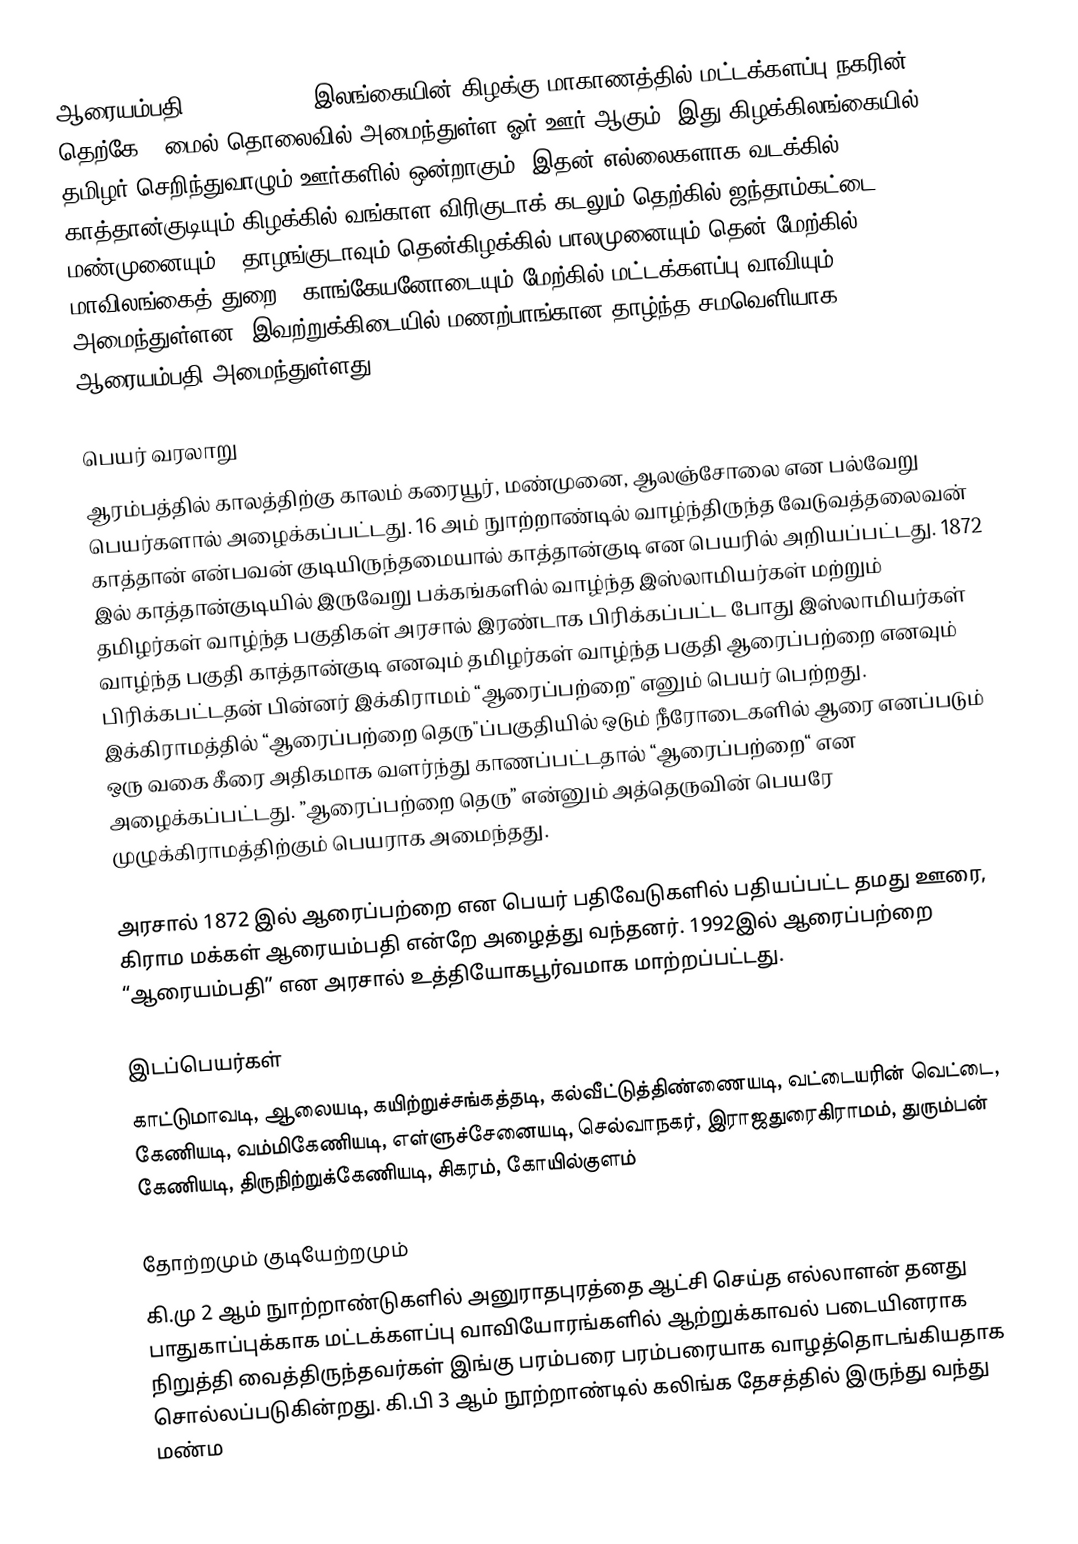
ஆரையம்பதி (Arayampathy) இலங்கையின் கிழக்கு மாகாணத்தில் மட்டக்களப்பு நகரின் தெற்கே 4 மைல் தொலைவில் அமைந்துள்ள ஓர் ஊர் ஆகும். இது கிழக்கிலங்கையில் தமிழர் செறிந்துவாழும் ஊர்களில் ஒன்றாகும். இதன் எல்லைகளாக வடக்கில் காத்தான்குடியும் கிழக்கில் வங்காள விரிகுடாக் கடலும் தெற்கில் ஜந்தாம்கட்டை – மண்முனையும் - தாழங்குடாவும் தென்கிழக்கில் பாலமுனையும் தென் மேற்கில் மாவிலங்கைத் துறை - காங்கேயனோடையும் மேற்கில் மட்டக்களப்பு வாவியும் அமைந்துள்ளன. இவற்றுக்கிடையில் மணற்பாங்கான தாழ்ந்த சமவெளியாக ஆரையம்பதி அமைந்துள்ளது.

பெயர் வரலாறு
ஆரம்பத்தில் காலத்திற்கு காலம் கரையூர், மண்முனை, ஆலஞ்சோலை என பல்வேறு பெயர்களால் அழைக்கப்பட்டது. 16 அம் நுாற்றாண்டில் வாழ்ந்திருந்த வேடுவத்தலைவன் காத்தான் என்பவன் குடியிருந்தமையால் காத்தான்குடி என பெயரில் அறியப்பட்டது.  1872 இல் காத்தான்குடியில் இருவேறு பக்கங்களில்  வாழ்ந்த இஸ்லாமியர்கள் மற்றும் தமிழர்கள் வாழ்ந்த பகுதிகள் அரசால் இரண்டாக  பிரிக்கப்பட்ட போது இஸ்லாமியர்கள் வாழ்ந்த பகுதி காத்தான்குடி எனவும் தமிழர்கள் வாழ்ந்த பகுதி ஆரைப்பற்றை எனவும் பிரிக்கபட்டதன் பின்னர் இக்கிராமம் “ஆரைப்பற்றை" எனும் பெயர் பெற்றது.    இக்கிராமத்தில் “ஆரைப்பற்றை தெரு"ப்பகுதியில் ஒடும் நீரோடைகளில் ஆரை எனப்படும் ஒரு வகை கீரை அதிகமாக வளர்ந்து காணப்பட்டதால் “ஆரைப்பற்றை“ என அழைக்கப்பட்டது. ”ஆரைப்பற்றை தெரு” என்னும் அத்தெருவின் பெயரே முழுக்கிராமத்திற்கும் பெயராக அமைந்தது.

அரசால் 1872 இல் ஆரைப்பற்றை என பெயர் பதிவேடுகளில் பதியப்பட்ட தமது ஊரை, கிராம மக்கள் ஆரையம்பதி என்றே அழைத்து வந்தனர். 1992இல் ஆரைப்பற்றை “ஆரையம்பதி” என அரசால்  உத்தியோகபூர்வமாக மாற்றப்பட்டது.

இடப்பெயர்கள்
காட்டுமாவடி, ஆலையடி, கயிற்றுச்சங்கத்தடி, கல்வீட்டுத்திண்ணையடி, வட்டையரின் வெட்டை, கேணியடி, வம்மிகேணியடி, எள்ளுச்சேனையடி, செல்வாநகர், இராஜதுரைகிராமம், துரும்பன் கேணியடி, திருநிற்றுக்கேணியடி, சிகரம், கோயில்குளம்

தோற்றமும் குடியேற்றமும்
கி.மு 2 ஆம் நுாற்றாண்டுகளில் அனுராதபுரத்தை ஆட்சி செய்த எல்லாளன் தனது பாதுகாப்புக்காக மட்டக்களப்பு வாவியோரங்களில் ஆற்றுக்காவல் படையினராக நிறுத்தி வைத்திருந்தவர்கள் இங்கு பரம்பரை பரம்பரையாக வாழத்தொடங்கியதாக சொல்லப்படுகின்றது. கி.பி 3 ஆம் நூற்றாண்டில் கலிங்க தேசத்தில் இருந்து வந்து மண்ம